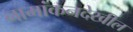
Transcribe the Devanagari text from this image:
नामांकनदेखील